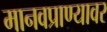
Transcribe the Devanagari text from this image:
मानवप्राण्यावर